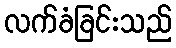
လက်ခံခြင်းသည်